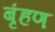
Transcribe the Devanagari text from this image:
बृंहण